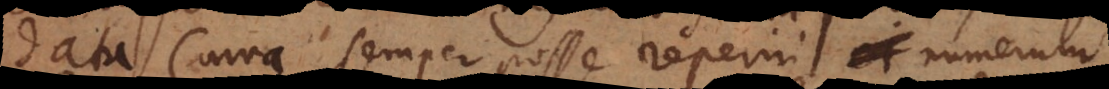
data curva semper posse reperiri et numerum